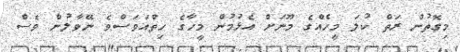
މިގޮތުން ރަތް ކުލަ މީހެއްގެ މޫނަށް އެޅުމުން މީހާގެ ހިތްއަވަސްވެ ނޭވާލުން ވެސް